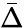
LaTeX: \bar{\Delta}